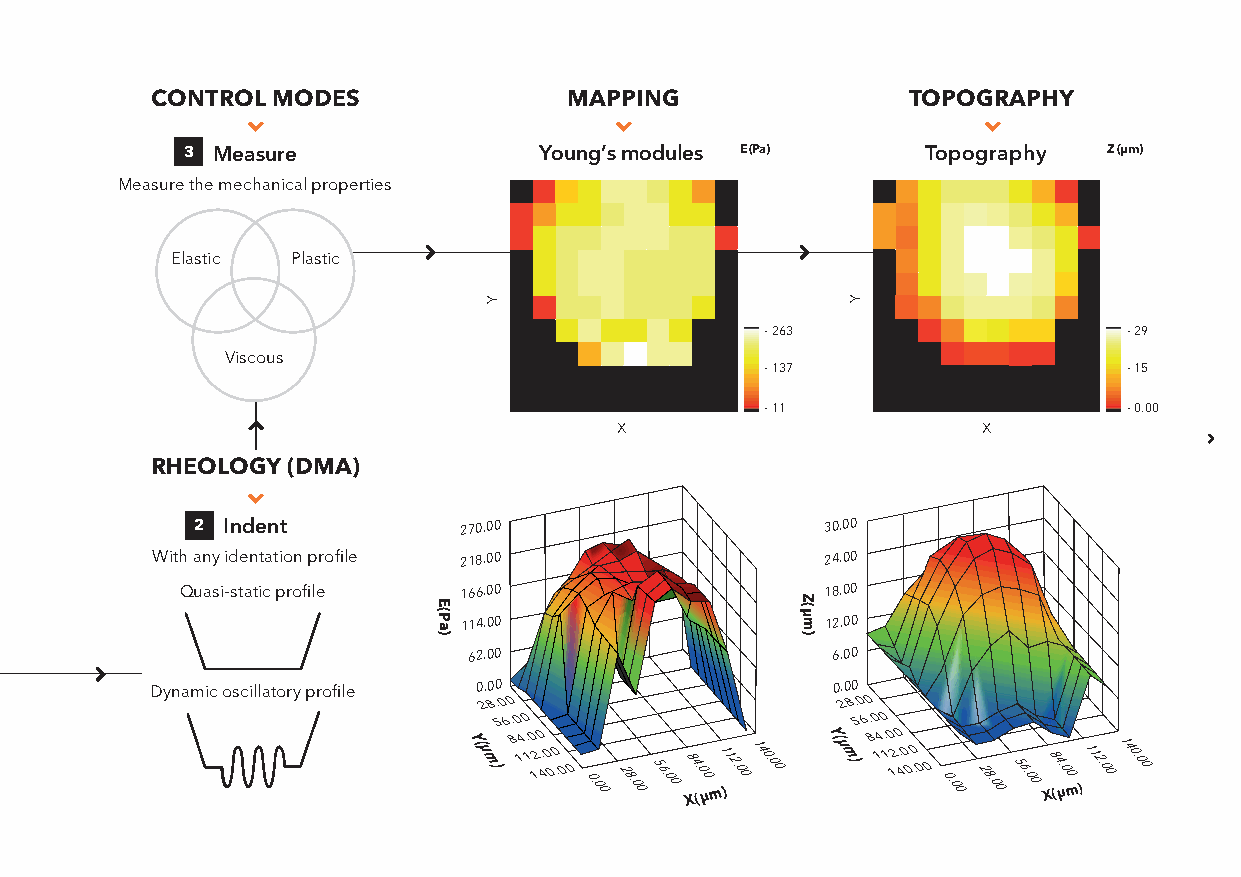
CONTROL MODES               MAPPING               TOPOGRAPHY
                                                
 3 Measure               Young’s modules E (Pa)   Topography  Z (µm)
 Measure the mechanical properties
 Elastic Plastic
 - 263                   - 29
 Viscous
 - 137                   - 15
 - 11                    - 0.00
 
 X                       X
 
 RHEOLOGY (DMA)
 
 2 Indent         270.00                   30.00
 With any identation profile 218.00           24.00
 Quasi-static profile 166.00                18.00
 114.00                   12.00
 62.00                   6.00
 Dynamic oscillatory profile 0.00             0.00
 2 8.0 0                 2 8.0 0
 5 6.0 0                 5 6.0 0
 Y (µ m )8 14. 10 12.0 40 0.0 0 0 0.0028.0056.008 X4.0
 (0
 µm11 )2.00140.00 Y (µ m )8 14. 10 12.0 40 0.0 0 0 0.0028.0056.00 X84 (.0
 µ0
 m)112.00140.00
 
 
 E(Pa)
 Y
 
 Z(µm)
 Y